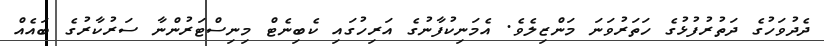
ދެދުވަހުގެ ދަތުރުފުޅުގެ ހަތަރުވަނަ މަންޒިލެވެ. އެމަނިކުފާނުގެ އަރިހުގައި ކެބިނެޓް މިނިސްޓަރުންނާ ސަރުކާރުގެ ބައެއް